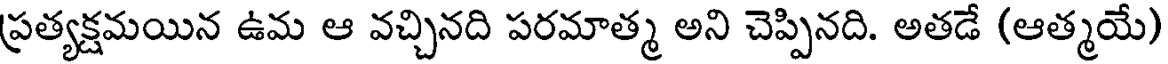
ప్రత్యక్షమయిన ఉమ ఆ వచ్చినది పరమాత్మ అని చెప్పినది. అతడే (ఆత్మయే)